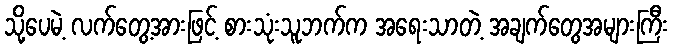
သို့ပေမဲ့ လက်တွေ့အားဖြင့် စားသုံးသူဘက်က အရေးသာတဲ့ အချက်တွေအများကြီး